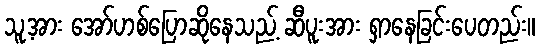
သူ့အား အော်ဟစ်ပြောဆိုနေသည့် ဆီပူးအား ရှာနေခြင်းပေတည်း။